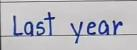
Last year